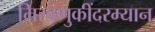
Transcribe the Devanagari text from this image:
मिरवणुकींदरम्यान